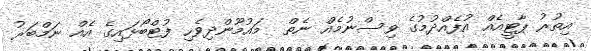
އިތުރު ޕާޓީއެއް އުފެއްދުމުގެ ވިސްނުމެއް ނެތް  މައުމޫންދިވެހި ފުޓްބޯޅައިގެ އެއް ނަމްބަރު